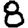
Digit: 8